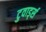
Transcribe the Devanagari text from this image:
टुवार्ड्स